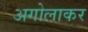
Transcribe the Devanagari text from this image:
अगोलाकर